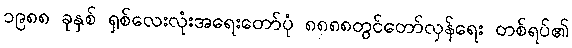
၁၉၈၈ ခုနှစ် ရှစ်လေးလုံးအရေးတော်ပုံ ၈၈၈၈တွင်တော်လှန်ရေး တစ်ရပ်၏